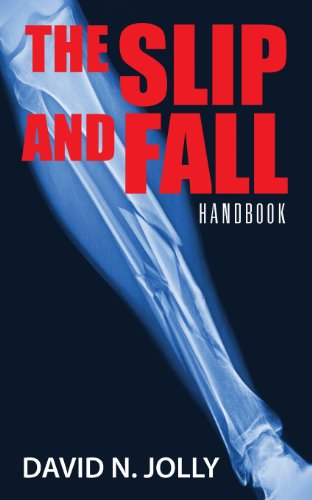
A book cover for The Slip and Fall: Handbook; David N Jolly; Law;